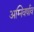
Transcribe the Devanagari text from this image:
अग्निवर्षाव